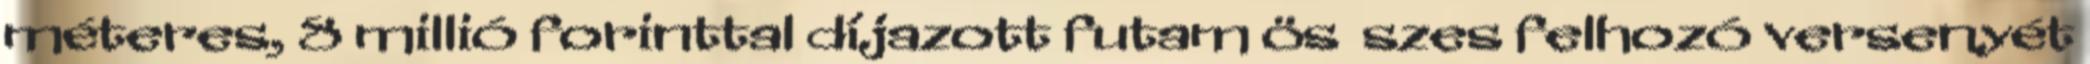
méteres, 8 millió forinttal díjazott futam ös�szes felhozó versenyét